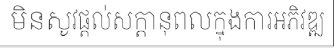
មិនសូវផ្តល់សក្តានុពលក្នុងការអភិវឌ្ឍ